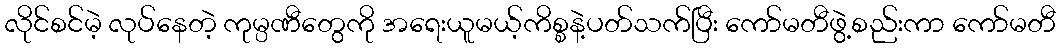
လိုင်စင်မဲ့ လုပ်နေတဲ့ ကုမ္ပဏီတွေကို အရေးယူမယ့်ကိစ္စနဲ့ပတ်သက်ပြီး ကော်မတီဖွဲ့စည်းကာ ကော်မတီ